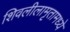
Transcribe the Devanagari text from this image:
शिवलीलामृतामध्ये